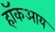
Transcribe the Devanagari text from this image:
हॉकआय